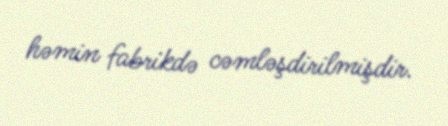
həmin fabrikdə cəmləşdirilmişdir.